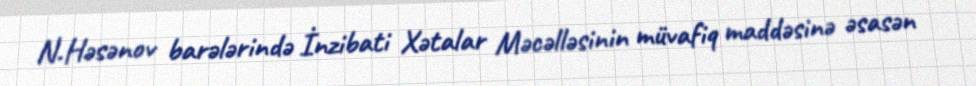
N.Həsənov barələrində İnzibati Xətalar Məcəlləsinin müvafiq maddəsinə əsasən